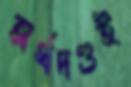
অর্থদণ্ডই